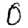
Digit: 0